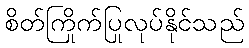
စိတ်ကြိုက်ပြုလုပ်နိုင်သည်